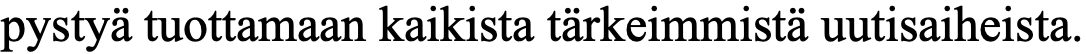
pystyä tuottamaan kaikista tärkeimmistä uutisaiheista.